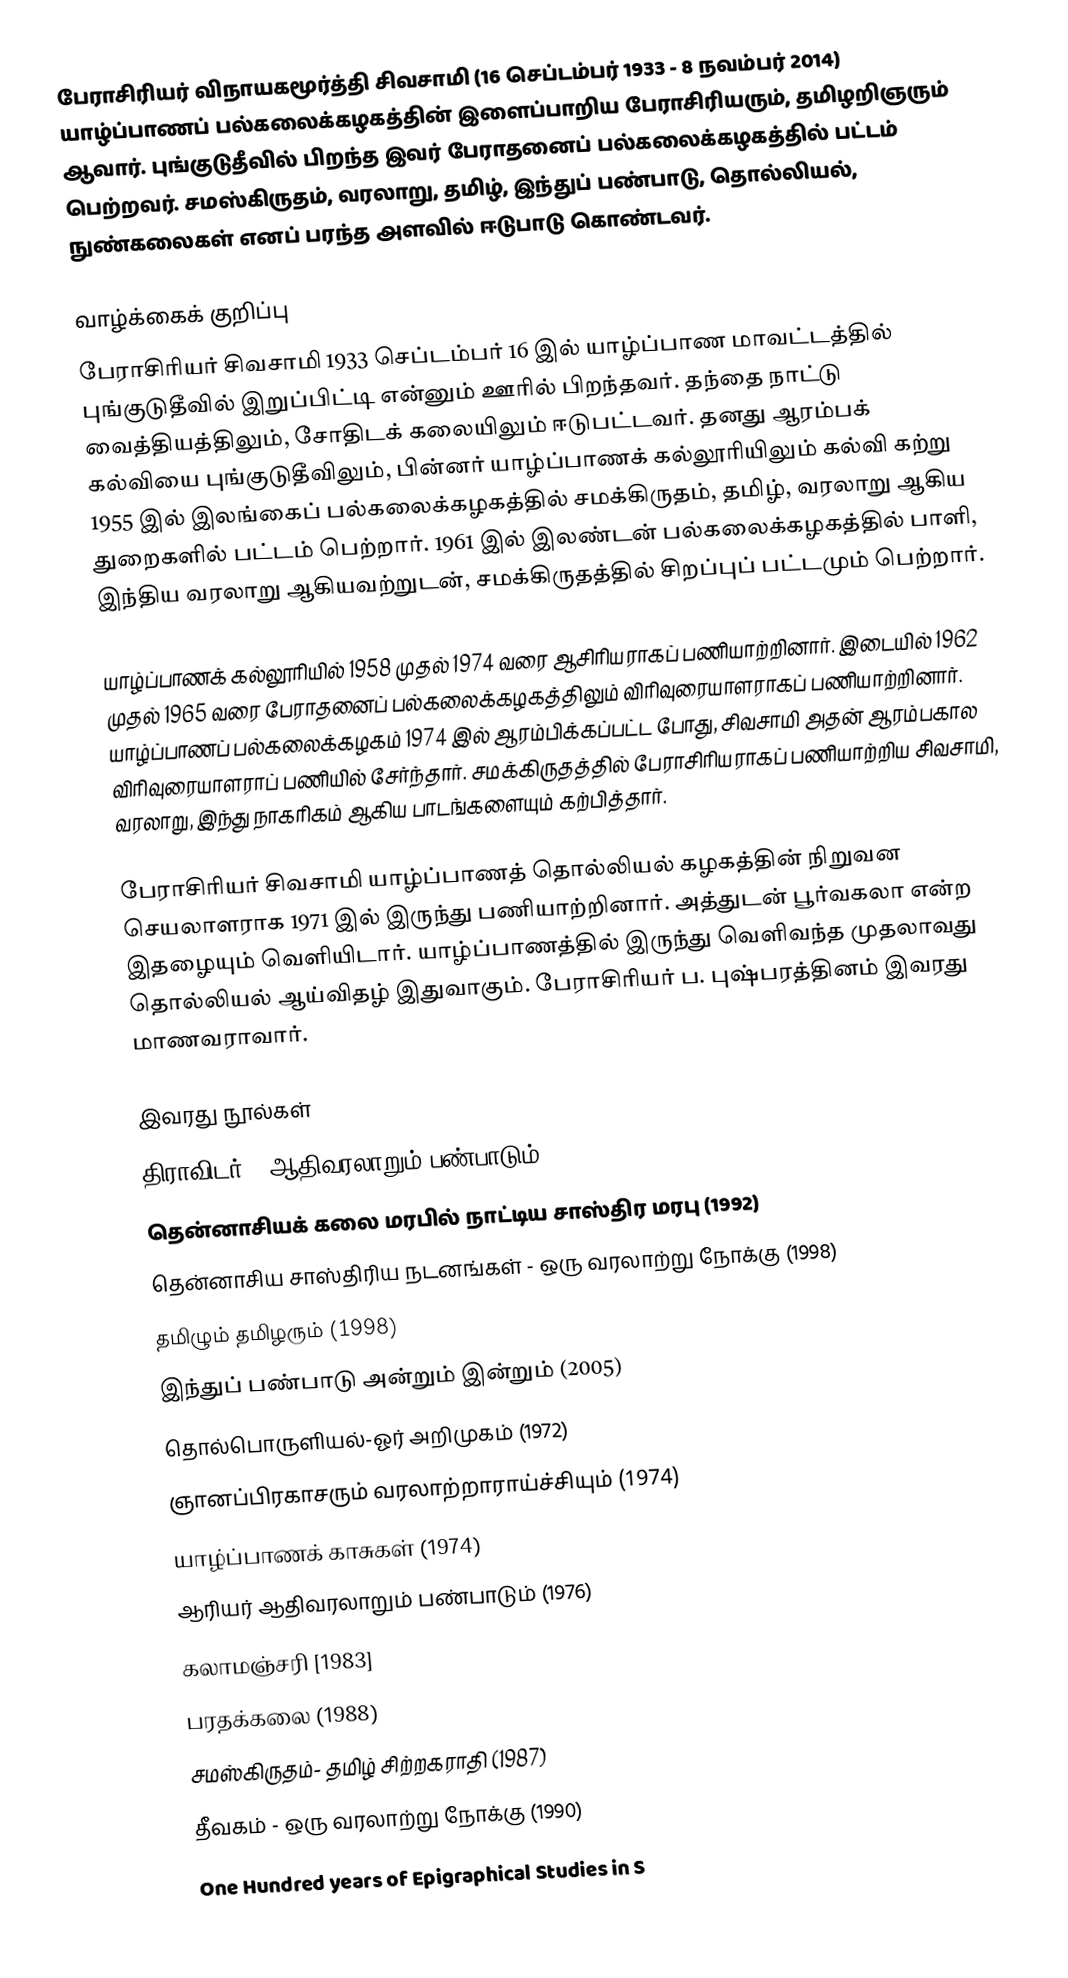
பேராசிரியர் விநாயகமூர்த்தி சிவசாமி (16 செப்டம்பர் 1933 - 8 நவம்பர் 2014) யாழ்ப்பாணப் பல்கலைக்கழகத்தின் இளைப்பாறிய பேராசிரியரும், தமிழறிஞரும் ஆவார். புங்குடுதீவில் பிறந்த இவர் பேராதனைப் பல்கலைக்கழகத்தில் பட்டம் பெற்றவர். சமஸ்கிருதம், வரலாறு, தமிழ், இந்துப் பண்பாடு, தொல்லியல், நுண்கலைகள் எனப் பரந்த அளவில் ஈடுபாடு கொண்டவர்.

வாழ்க்கைக் குறிப்பு
பேராசிரியர் சிவசாமி 1933 செப்டம்பர் 16 இல் யாழ்ப்பாண மாவட்டத்தில் புங்குடுதீவில் இறுப்பிட்டி என்னும் ஊரில் பிறந்தவர். தந்தை நாட்டு வைத்தியத்திலும், சோதிடக் கலையிலும் ஈடுபட்டவர். தனது ஆரம்பக் கல்வியை புங்குடுதீவிலும், பின்னர் யாழ்ப்பாணக் கல்லூரியிலும் கல்வி கற்று 1955 இல் இலங்கைப் பல்கலைக்கழகத்தில் சமக்கிருதம், தமிழ், வரலாறு ஆகிய துறைகளில் பட்டம் பெற்றார். 1961 இல் இலண்டன் பல்கலைக்கழகத்தில் பாளி, இந்திய வரலாறு ஆகியவற்றுடன், சமக்கிருதத்தில் சிறப்புப் பட்டமும் பெற்றார்.

யாழ்ப்பாணக் கல்லூரியில் 1958 முதல் 1974 வரை ஆசிரியராகப் பணியாற்றினார். இடையில் 1962 முதல் 1965 வரை பேராதனைப் பல்கலைக்கழகத்திலும் விரிவுரையாளராகப் பணியாற்றினார். யாழ்ப்பாணப் பல்கலைக்கழகம் 1974 இல் ஆரம்பிக்கப்பட்ட போது, சிவசாமி அதன் ஆரம்பகால விரிவுரையாளராப் பணியில் சேர்ந்தார். சமக்கிருதத்தில் பேராசிரியராகப் பணியாற்றிய சிவசாமி, வரலாறு, இந்து நாகரிகம் ஆகிய பாடங்களையும் கற்பித்தார்.

பேராசிரியர் சிவசாமி யாழ்ப்பாணத் தொல்லியல் கழகத்தின் நிறுவன செயலாளராக 1971 இல் இருந்து பணியாற்றினார். அத்துடன் பூர்வகலா என்ற இதழையும் வெளியிடார். யாழ்ப்பாணத்தில் இருந்து வெளிவந்த முதலாவது தொல்லியல் ஆய்விதழ் இதுவாகும். பேராசிரியர் ப. புஷ்பரத்தினம் இவரது மாணவராவார்.

இவரது நூல்கள்
 திராவிடர் - ஆதிவரலாறும் பண்பாடும் (1973)
 தென்னாசியக் கலை மரபில் நாட்டிய சாஸ்திர மரபு (1992)
 தென்னாசிய சாஸ்திரிய நடனங்கள் - ஒரு வரலாற்று நோக்கு (1998)
 தமிழும் தமிழரும் (1998)
 இந்துப் பண்பாடு அன்றும் இன்றும் (2005)
 தொல்பொருளியல்-ஓர் அறிமுகம் (1972)
 ஞானப்பிரகாசரும் வரலாற்றாராய்ச்சியும் (1974)
 யாழ்ப்பாணக் காசுகள் (1974)
 ஆரியர் ஆதிவரலாறும் பண்பாடும் (1976)
 கலாமஞ்சரி [1983]
 பரதக்கலை (1988)
 சமஸ்கிருதம்- தமிழ் சிற்றகராதி (1987)
 தீவகம் - ஒரு வரலாற்று நோக்கு (1990)
 One Hundred years of Epigraphical Studies in S